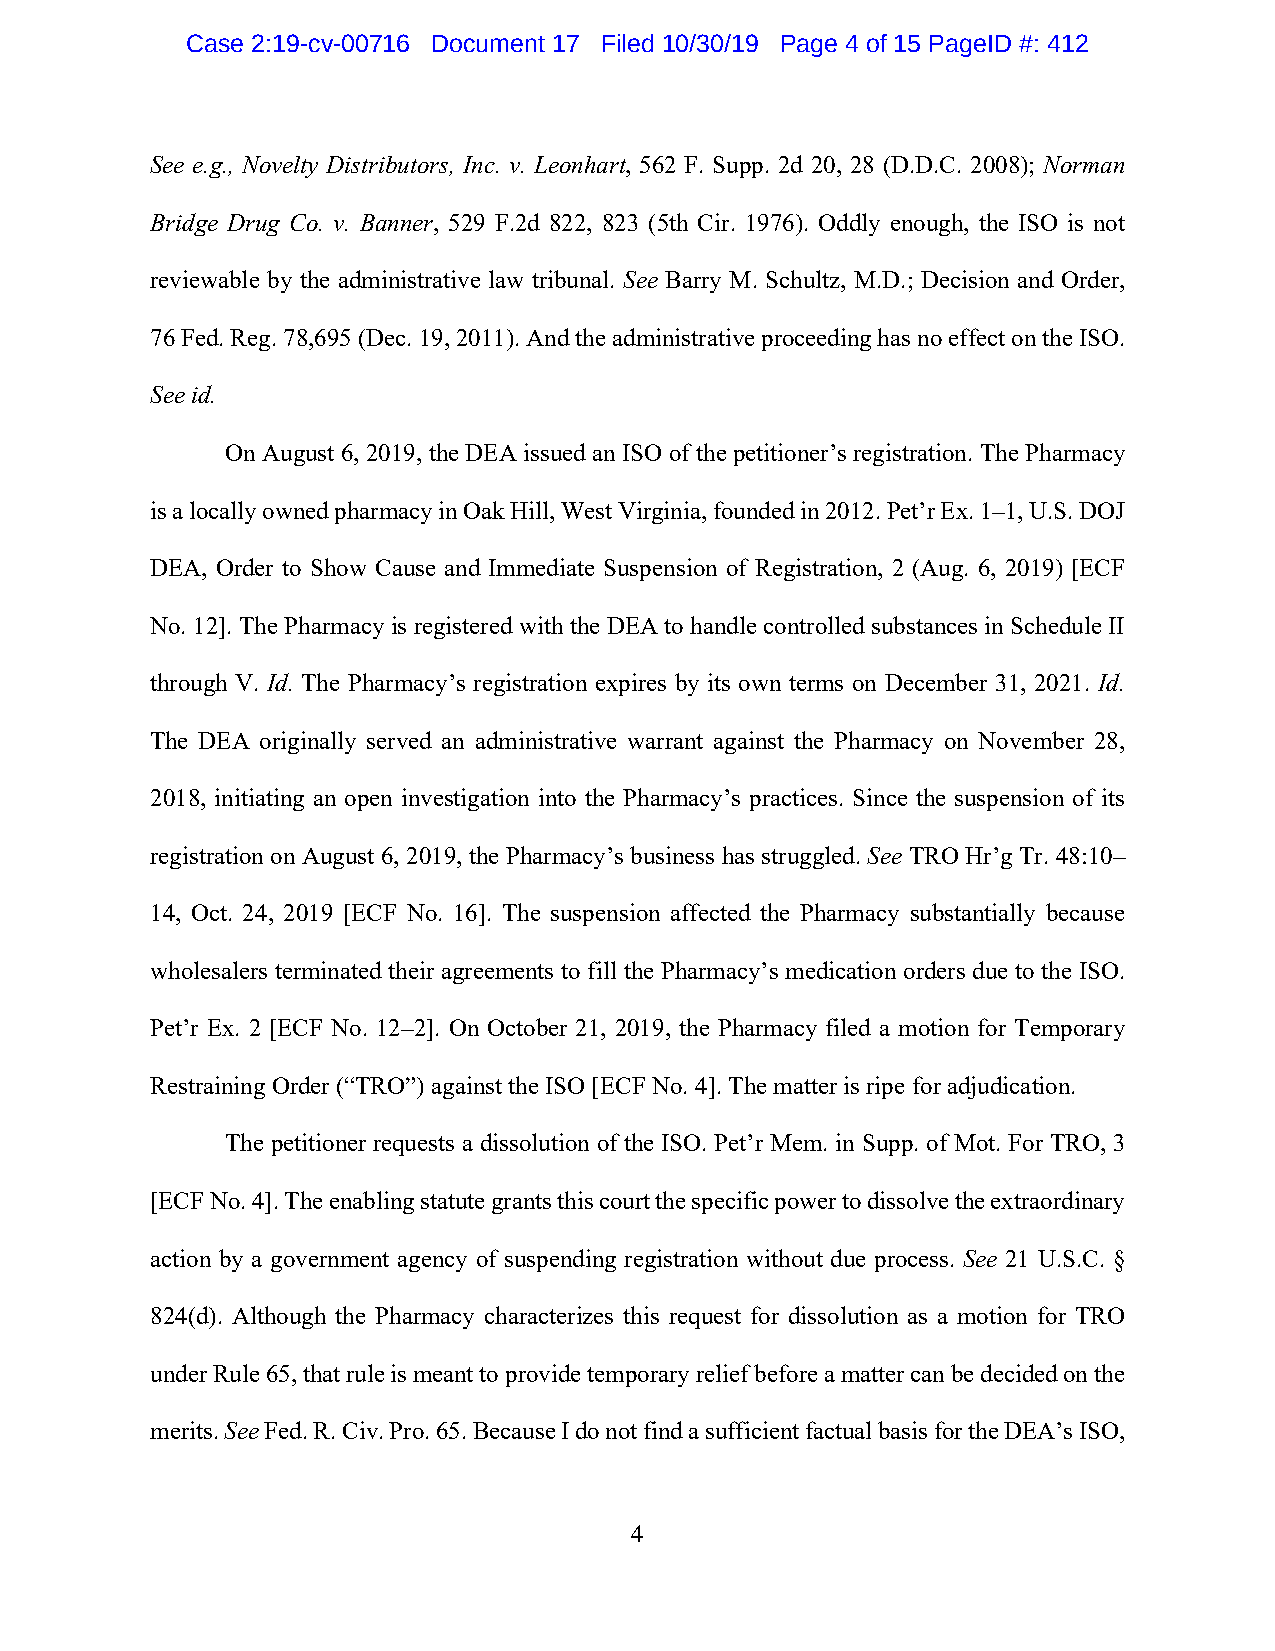
Case 2:19-cv-00716 Document 17 Filed 10/30/19 Page 4 of 15 PageID #: 412
 See e.g., Novelty Distributors, Inc. v. Leonhart, 562 F. Supp. 2d 20, 28 (D.D.C. 2008); Norman
 Bridge Drug Co. v. Banner, 529 F.2d 822, 823 (5th Cir. 1976). Oddly enough, the ISO is not
 reviewable by the administrative law tribunal. See Barry M. Schultz, M.D.; Decision and Order,
 76 Fed. Reg. 78,695 (Dec. 19, 2011). And the administrative proceeding has no effect on the ISO.
 See id.
 On August 6, 2019, the DEA issued an ISO of the petitioner’s registration. The Pharmacy
 is a locally owned pharmacy in Oak Hill, West Virginia, founded in 2012. Pet’r Ex. 1–1, U.S. DOJ
 DEA, Order to Show Cause and Immediate Suspension of Registration, 2 (Aug. 6, 2019) [ECF
 No. 12]. The Pharmacy is registered with the DEA to handle controlled substances in Schedule II
 through V. Id. The Pharmacy’s registration expires by its own terms on December 31, 2021. Id.
 The DEA originally served an administrative warrant against the Pharmacy on November 28,
 2018, initiating an open investigation into the Pharmacy’s practices. Since the suspension of its
 registration on August 6, 2019, the Pharmacy’s business has struggled. See TRO Hr’g Tr. 48:10–
 14, Oct. 24, 2019 [ECF No. 16]. The suspension affected the Pharmacy substantially because
 wholesalers terminated their agreements to fill the Pharmacy’s medication orders due to the ISO.
 Pet’r Ex. 2 [ECF No. 12–2]. On October 21, 2019, the Pharmacy filed a motion for Temporary
 Restraining Order (“TRO”) against the ISO [ECF No. 4]. The matter is ripe for adjudication.
 The petitioner requests a dissolution of the ISO. Pet’r Mem. in Supp. of Mot. For TRO, 3
 [ECF No. 4]. The enabling statute grants this court the specific power to dissolve the extraordinary
 action by a government agency of suspending registration without due process. See 21 U.S.C. §
 824(d). Although the Pharmacy characterizes this request for dissolution as a motion for TRO
 under Rule 65, that rule is meant to provide temporary relief before a matter can be decided on the
 merits. See Fed. R. Civ. Pro. 65. Because I do not find a sufficient factual basis for the DEA’s ISO,
 4